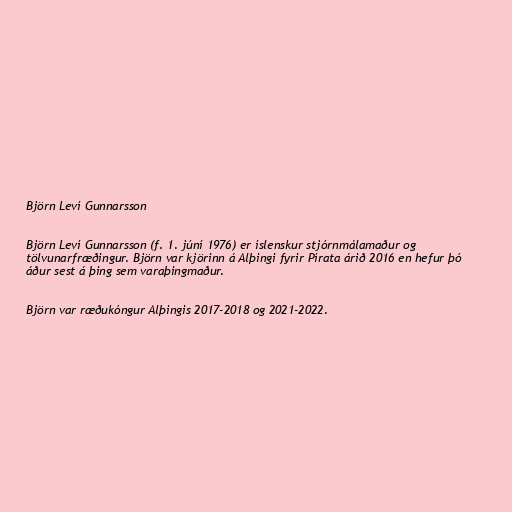
Björn Leví Gunnarsson

Björn Leví Gunnarsson (f. 1. júní 1976) er íslenskur stjórnmálamaður og
tölvunarfræðingur. Björn var kjörinn á Alþingi fyrir Pírata árið 2016 en hefur þó
áður sest á þing sem varaþingmaður.

Björn var ræðukóngur Alþingis 2017-2018 og 2021-2022.